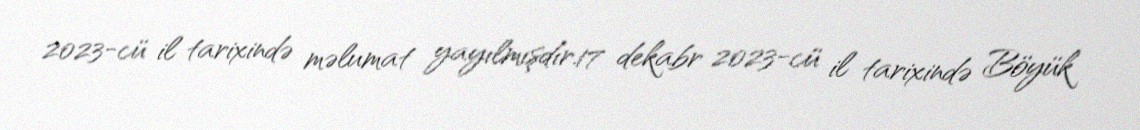
2023-cü il tarixində məlumat yayılmışdır.17 dekabr 2023-cü il tarixində Böyük